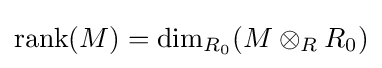
\operatorname {rank} (M)=\dim _{R_{0}}(M\otimes _{R}R_{0})